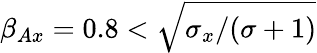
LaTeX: \beta_{Ax}=0.8<\sqrt{\sigma_{x}/(\sigma+1)}